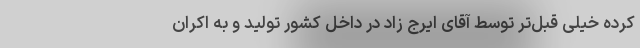
کرده خیلی قبل‌تر توسط آقای ایرج زاد در داخل کشور تولید و به اکران